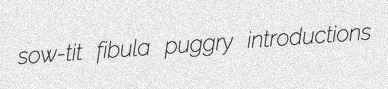
sow-tit fibula puggry introductions